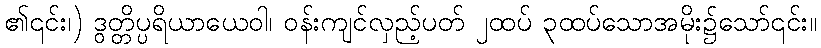
၏၎င်း၊) ဒွတ္တိပ္ပရိယာယေဝါ၊ ဝန်းကျင်လှည့်ပတ် ၂ထပ် ၃ထပ်သောအမိုး၌သော်၎င်း။